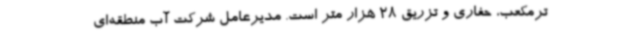
ترمکعب، حفاری و تزریق 28 هزار متر است. مدیرعامل شرکت آب منطقه‌ای